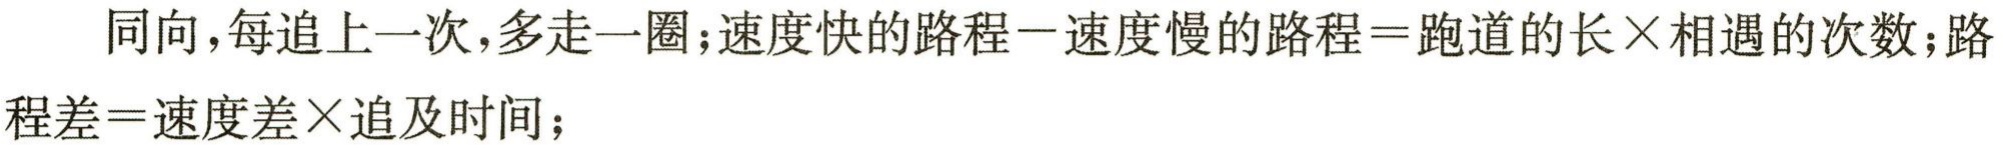
同向，每追上一次，多走一圈；速度快的路程－速度慢的路程＝跑道的长×相遇的次数；路程差＝速度差×追及时间；